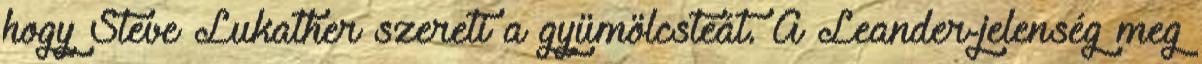
hogy Steve Lukather szereti a gyümölcsteát. A Leander-jelenség meg